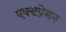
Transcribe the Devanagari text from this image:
एक्सप्रेसन